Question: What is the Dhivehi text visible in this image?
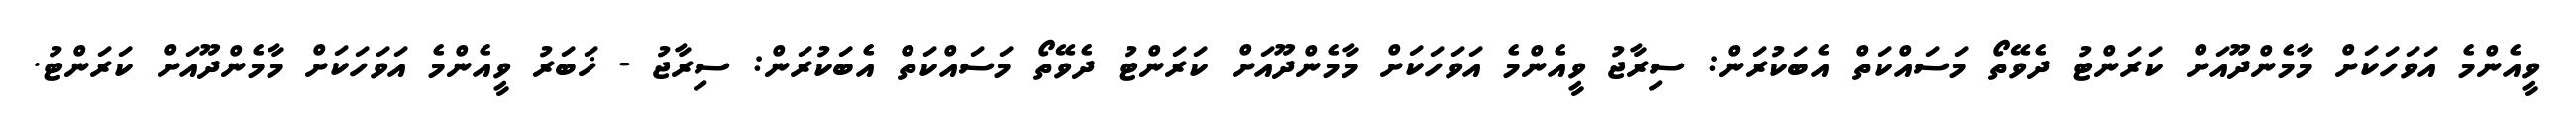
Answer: ވީއެންމެ އަވަހަކަށް މާމެންދޫއަށް ކަރަންޓު ދެވޭތޯ މަސައްކަތް އެބަކުރަން: ސިރާޖު ވީއެންމެ އަވަހަކަށް މާމެންދޫއަށް ކަރަންޓު ދެވޭތޯ މަސައްކަތް އެބަކުރަން: ސިރާޖު - ޚަބަރު ވީއެންމެ އަވަހަކަށް މާމެންދޫއަށް ކަރަންޓު.